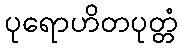
ပုရောဟိတပုတ္တံ